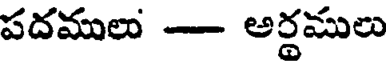
పదములు - అర్థములు